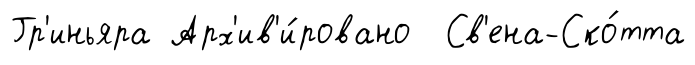
Гр'иньяра Арх'ив'и́ровано Св'ена-Ско́тта